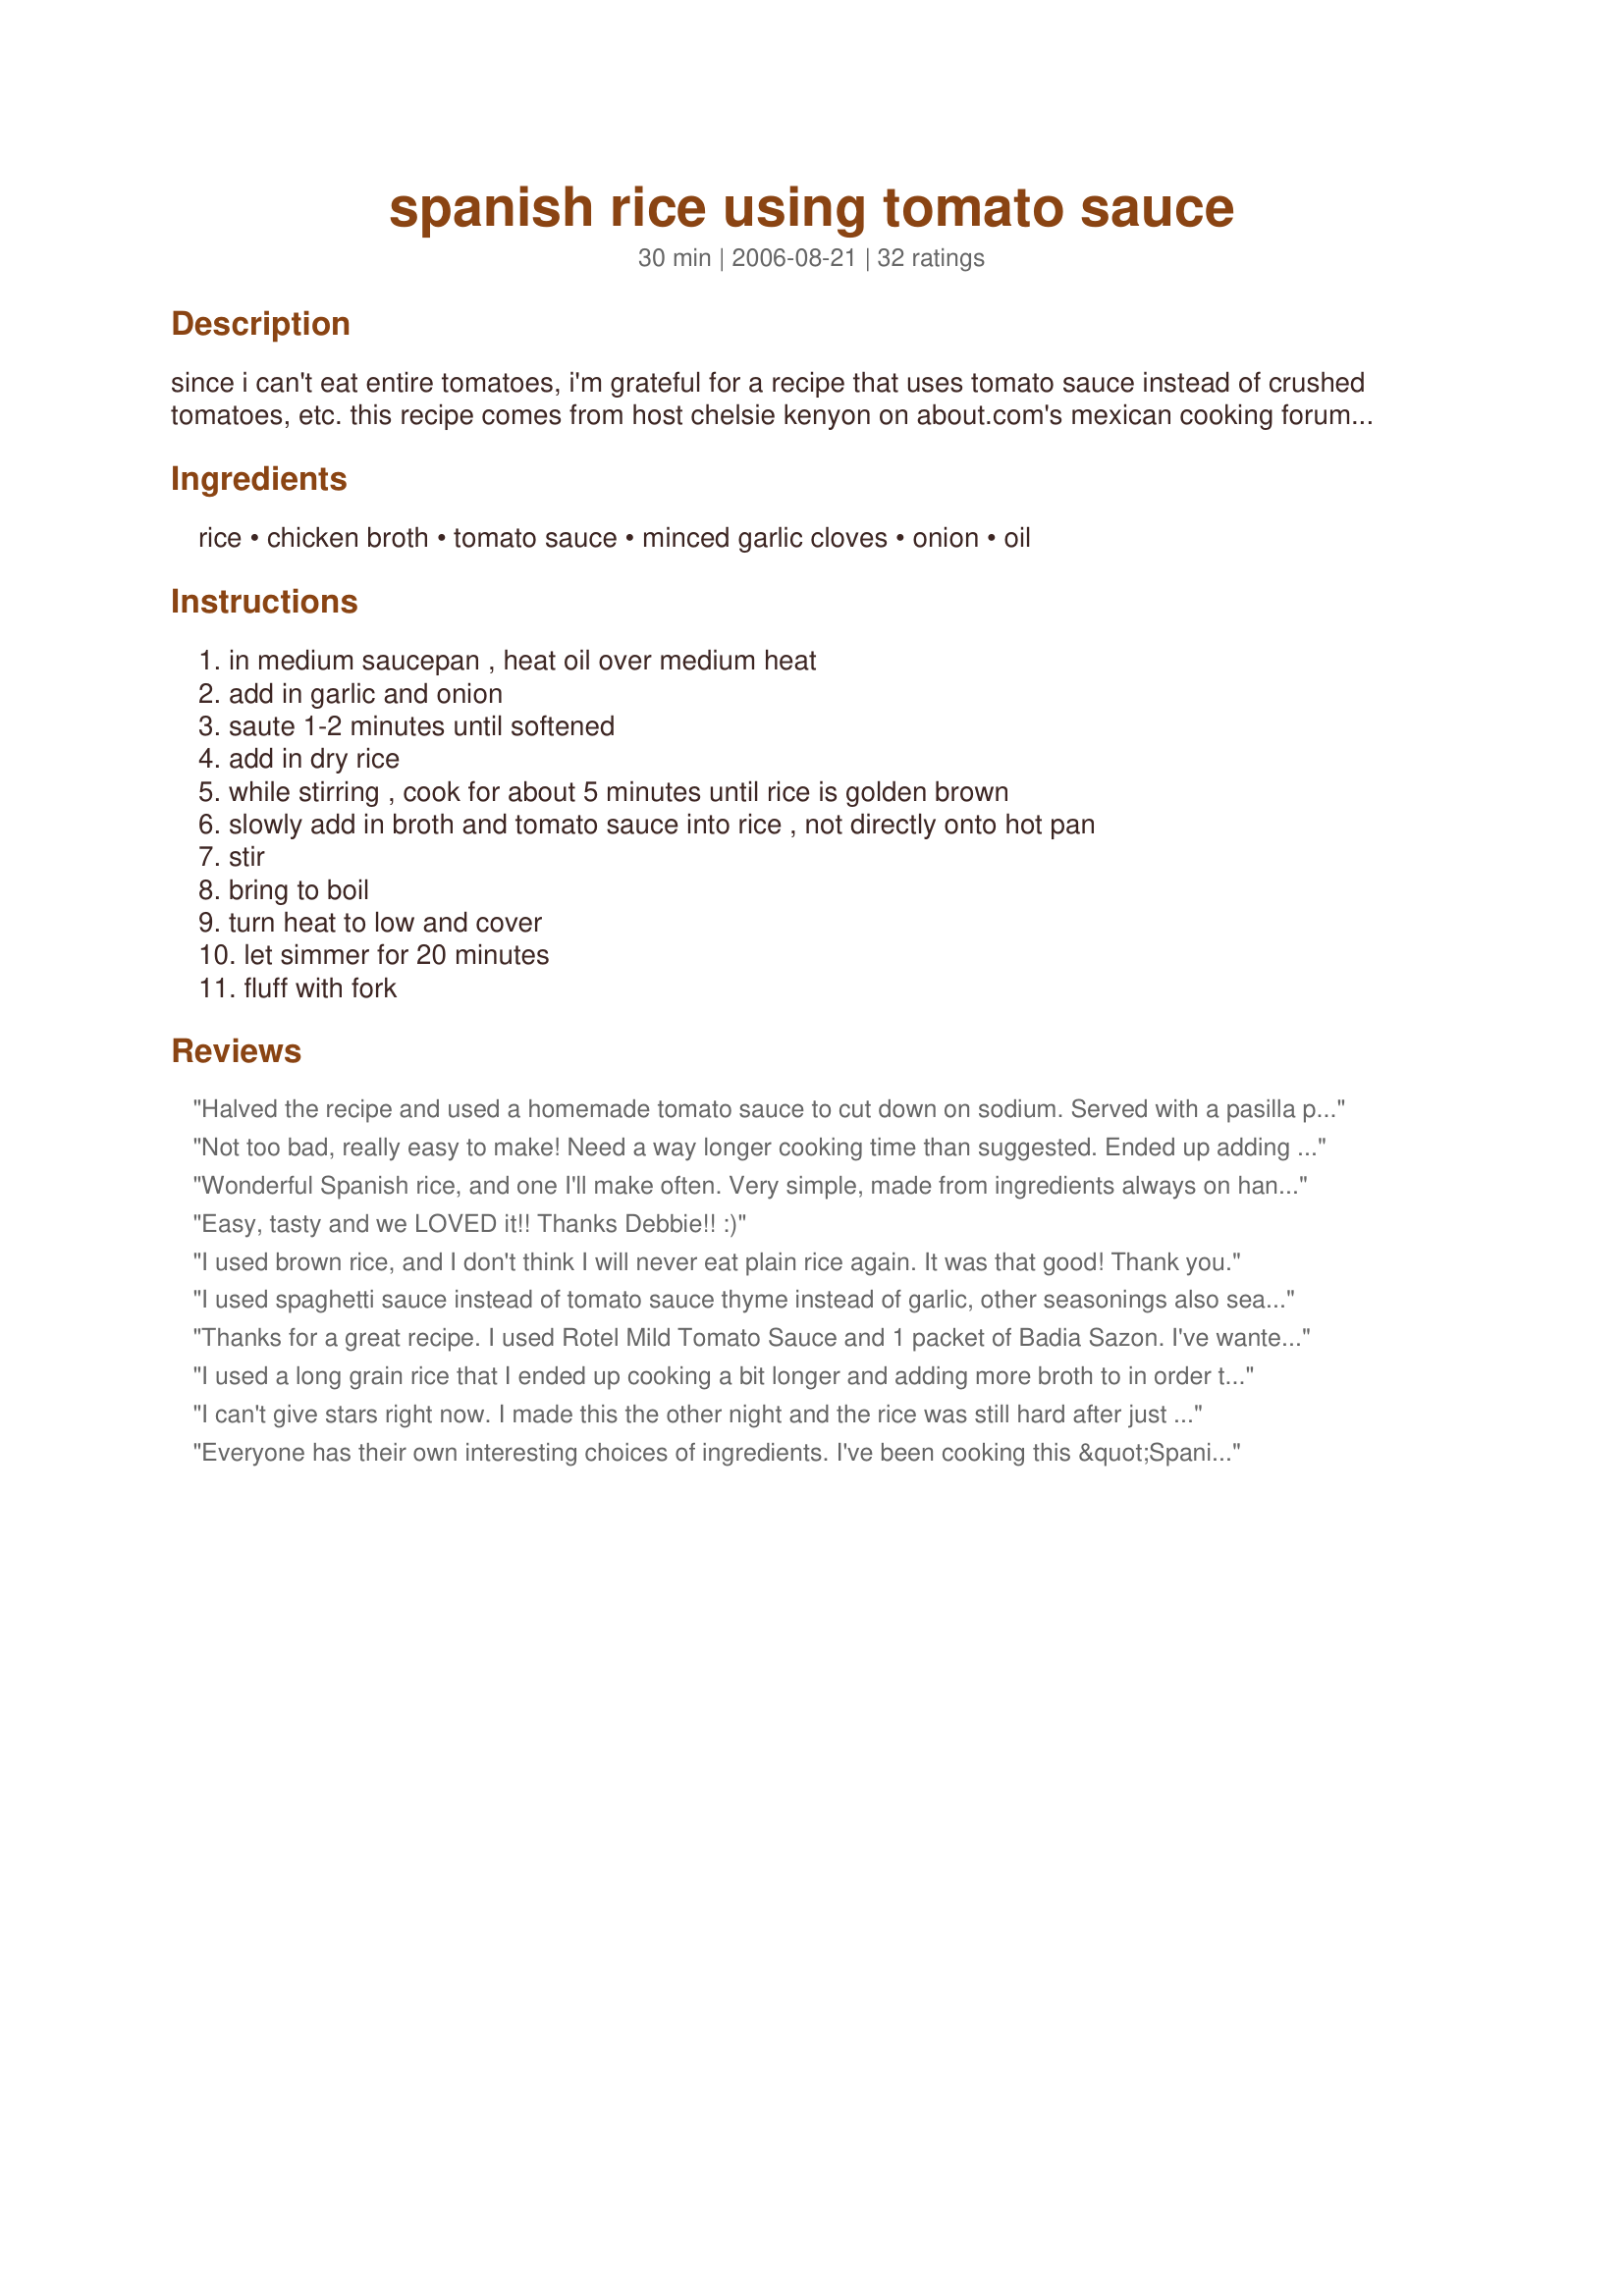
spanish rice using tomato sauce
Preparation time: 30 minutes

since i can't eat entire tomatoes, i'm grateful for a recipe that uses tomato sauce instead of crushed tomatoes, etc. this recipe comes from host chelsie kenyon on about.com's mexican cooking forum. thank you, chelsie!
please see chelsie's original recipe here at http://mexicanfood.about.com/od/quickmexicanrecipes/r/spanishrice.htm
you can make the salt nonexistent in this recipe by using no-salt tomato sauce and chicken broth.

Ingredients:
rice, chicken broth, tomato sauce, minced garlic cloves, onion, oil

Steps:
in medium saucepan , heat oil over medium heat, add in garlic and onion, saute 1-2 minutes until softened, add in dry rice, while stirring , cook for about 5 minutes until rice is golden brown, slowly add in broth and tomato sauce into rice , not directly onto hot pan, stir, bring to boil, turn heat to low and cover, let simmer for 20 minutes, fluff with fork

Reviews:
Halved the recipe and used a homemade tomato sauce to cut down on sodium. Served with a pasilla pepper cream sauce drizzled veggie chicken breast. Really tasty!
Not too bad, really easy to make! Need a way longer cooking time than suggested. Ended up adding smoked paprika and chilli powder which made it tatse more Spanish.
Wonderful Spanish rice, and one I'll make often. Very simple, made from ingredients always on hand, but very flavorful. I used the rice cooker to saute the onion, garlic, then rice, added the liquids and closed the lid. Came out perfect! Thanks for sharing the recipe! Made for PAC Fall 2007.
Easy, tasty and we LOVED it!! Thanks Debbie!! :)
I used brown rice, and I don't think I will never eat plain rice again. It was that good! Thank you.
I used spaghetti sauce instead of tomato sauce thyme instead of garlic, other seasonings also seaoning salt, garlic powder, &amp; a Goya Sazon packet it was slammin&#039; wish I could show you a picture :-) :-) :-) :-) :-) :-) :-) :-) :-) :-)
Thanks for a great recipe. I used Rotel Mild Tomato Sauce and 1 packet of Badia Sazon. I've wanted an alternative to box mixes and this was perfect. (Updated with stars.)
I used a long grain rice that I ended up cooking a bit longer and adding more broth to in order to get tender. By the end of cooking, it resembled a nice sopa seca. These are such basic classic flavors that I really love. Thanks, Debbie R.! Made for ZWT5.
I can't give stars right now. I made this the other night and the rice was still hard after just about 30 minutes. I will try this again using about a 1/2 cup less rice and see how it turns out. This has potential!
Everyone has their own interesting choices of ingredients. I've been cooking this &quot;Spanish&quot; rice for many years (48 years) and always used 2 1/2 cups of water instead of broth and a small can of tomato sauce (4 oz). I also added a little salt to keep it from sticking to the bottom of the pan. It does taste wonderful with garlic and onion and yes it is important to use a little oil to fry the rice. I've been experimenting with different types of rice and found that I like using brown basmati rice for the texture. I rated 3 stars because I still like making it my way and it is budget-friendly.
I really liked this rice. I don't see how this wasn't the easiest one or how it took anyone an hour to make. It came out perfect, I just added a tad bit of salt once finished! I served it with chicken tacos! ?? Thanks for the recipe
Was a fairly good meal! Took a bit longer to cook than anticipated (my fault) but it was a very good meal, overall. I liked it quite a bit.
This is a simple recipe and takes very little prep time. Great side dish, I did add some tomato paste along with the tomato sauce. I didn't add any flavor, the sauce gave it enough flavor along with the garlic and onions. I will make this often!
I made this last week and it was so yummy that I am making it again tonight at the request of my family. I used long grain rice so I had to add about 15 minutes to the cooking time to make sure the rice was done....But the flavor is incredible! Thanks so much for the recipe!
Loved this recipe! I was hesitant because of some of the reviews on here but mine turned out perfect! You shouldn't need more broth or tomatoe sauce if you saut&eacute; it long enough. Very pleased will defenetly use again!
This was gross I don't know what this is but I've cooked it the exact same way but with water and bullion instead of broth and for some reason the rice wouldn't cook all the way for nothing. Obviously the cooking time is wrong and the bullion and water tastea way better than broth or stock
It was fast, easy and best of all; Delicious!! :)
This rice has a great, mild flavor. My husband, who will not touch the rice in Mexican restaurants, ate two big helpings! I served it with green chili chicken empanadas and queso. I had a little trouble getting the rice cooked all the way through, but I always have that problem when I don't bake or steam it. All-in-all, a great recipe!
Takes way longer and requires WAY more water. No good but I can&#039;t give it no stars :-/ Wish I didn&#039;t do this the night before mothers day
Fast and easy basic recipe for Spanish Rice. I added some Mexican spices such as cumin, coriander, oregano and a small can of roasted chiles. I was very happy wit the results and will make this again with different spice combinations. Thanks for posting!
I had to sub 1/4 tsp garlic powder and 1/2 tsp onion powder as I was out of both. About 10 minutes into the rice simmering, I had to add an extra 1/2 cup chicken stock - I used white long grain rice. Was a little bland to me but this may have been my fought. It was very easy and went nicely with my burritos that I made. Made for Tex Mex / Mexico / Southwest region for ZWT5.
Easy to make, taste good. This is my go to recipe for Spanish rice. If I feel rice is sticking to bottom of pot and it's not fully done I recommend putting another pan underneath the pot so there's no direct heat but The rice still cooks.
this was a great recipe I used fresh garlic fresh onion fresh bell peppers fresh hot peppers in tomato sauce and I loved it I give it 5 stars
Terrible it took 1 and hours to soften up the rice. I followed directions exactly. It's flavor was great but even after simmering for that long some of the rice was still hard. ??? Don't know what happened.
I was looking for an easy preparation. My son signed (me) up to make a Spanish rice for Cinco de Mayo for a school party. I used salsa instead of tomato sauce because I had it opened already as well as leftover peas and beans. Then I added some spices, to taste. They were oregano, cayenne pepper, salt, cumin, and chili powder. Everyone liked it! Thanks for posting.
This was probably the best rice I have ever made... tasted a lot like my Moms. I changed it up with cooked Chicken. In addition to all the ingredients, I also added Chicken Bouillon, and 2 packets of Sazon Goya w/Culantro and Achiote. Next time, to take it up a notch, I'll add a little fresh cilantro as well. I agree that the 20 minutes cooking time the author advised was too short. So either Debbie lives in a high altitude, or she used a pressure cooker. EIther way, this is a very good base recipe. Thanks Debbie!
Perfect recipe for perfect Spanish Style rice using tomato sauce! Tastes lovely!!!
This recipe really sucked. Needed a lot more water and still took over an hour to cook. No stars doesn&#039;t deserve it. Maybe they should&#039;ve told us what rice was best for this recipe.
great recipe i just used it .
I used this recipe as a stuffing for stuffed peppers. I also used brown rice, so the cooking time was a little longer, so I added a can of diced tomatoes with green chilies. Just brushed an olive oil/spice mixture over the cleaned out peppers, replaced the caps after stuffing, and cooked them in a 400 degree oven. Garnished with cilantro, parsley, and pecorino cheese. Tasted great! Thanks for posting.
*Reviewed for ZWT5 Spain* Loved the flavours in this rice. A quick simple dish that made a great meal with recipe#200709 and recipe#371001. I did need to add more broth towards the end of cooking time as the rice was sticking to the pot a bit. Tasted wonderful for such and easy dish.
Photo also being posted
Very easy, quick and tasty recipe. I added salt, and served picante sauce to top it off. It was enjoyed by all - there were no leftovers.
